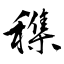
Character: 穕